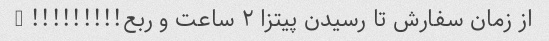
از زمان سفارش تا رسیدن پیتزا ۲ ساعت و ربع!!!!!!!!! @